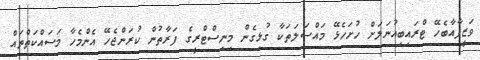
ވަޒީފާއާބެހޭ ޓްރައިބިއުނަލަށް ހުށަހެޅޭ މައްސަލަތަކާ ގުޅިގެން މިނިސްޓްރީގެ ފަރާތުން ކުރަންޖެހޭ އެންމެހާ މަސައްކަތްތައް